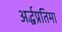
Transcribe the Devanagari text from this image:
अर्द्धप्रतिमा